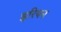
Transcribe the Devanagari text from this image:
इरियन